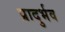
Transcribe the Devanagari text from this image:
प्रादुर्भव